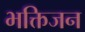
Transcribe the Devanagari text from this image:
भक्तिजन